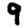
Digit: 9